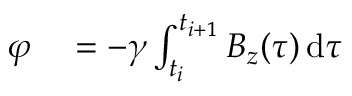
\begin{array} { r l } { \varphi } & { { } = - \gamma \int _ { t _ { i } } ^ { t _ { i + 1 } } B _ { z } ( \tau ) \, \mathrm { d } \tau } \end{array}